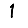
Digit: 1